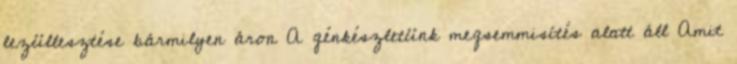
lezüllesztése bármilyen áron A génkészletünk megsemmisítés alatt áll Amit